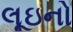
લૂઇનો